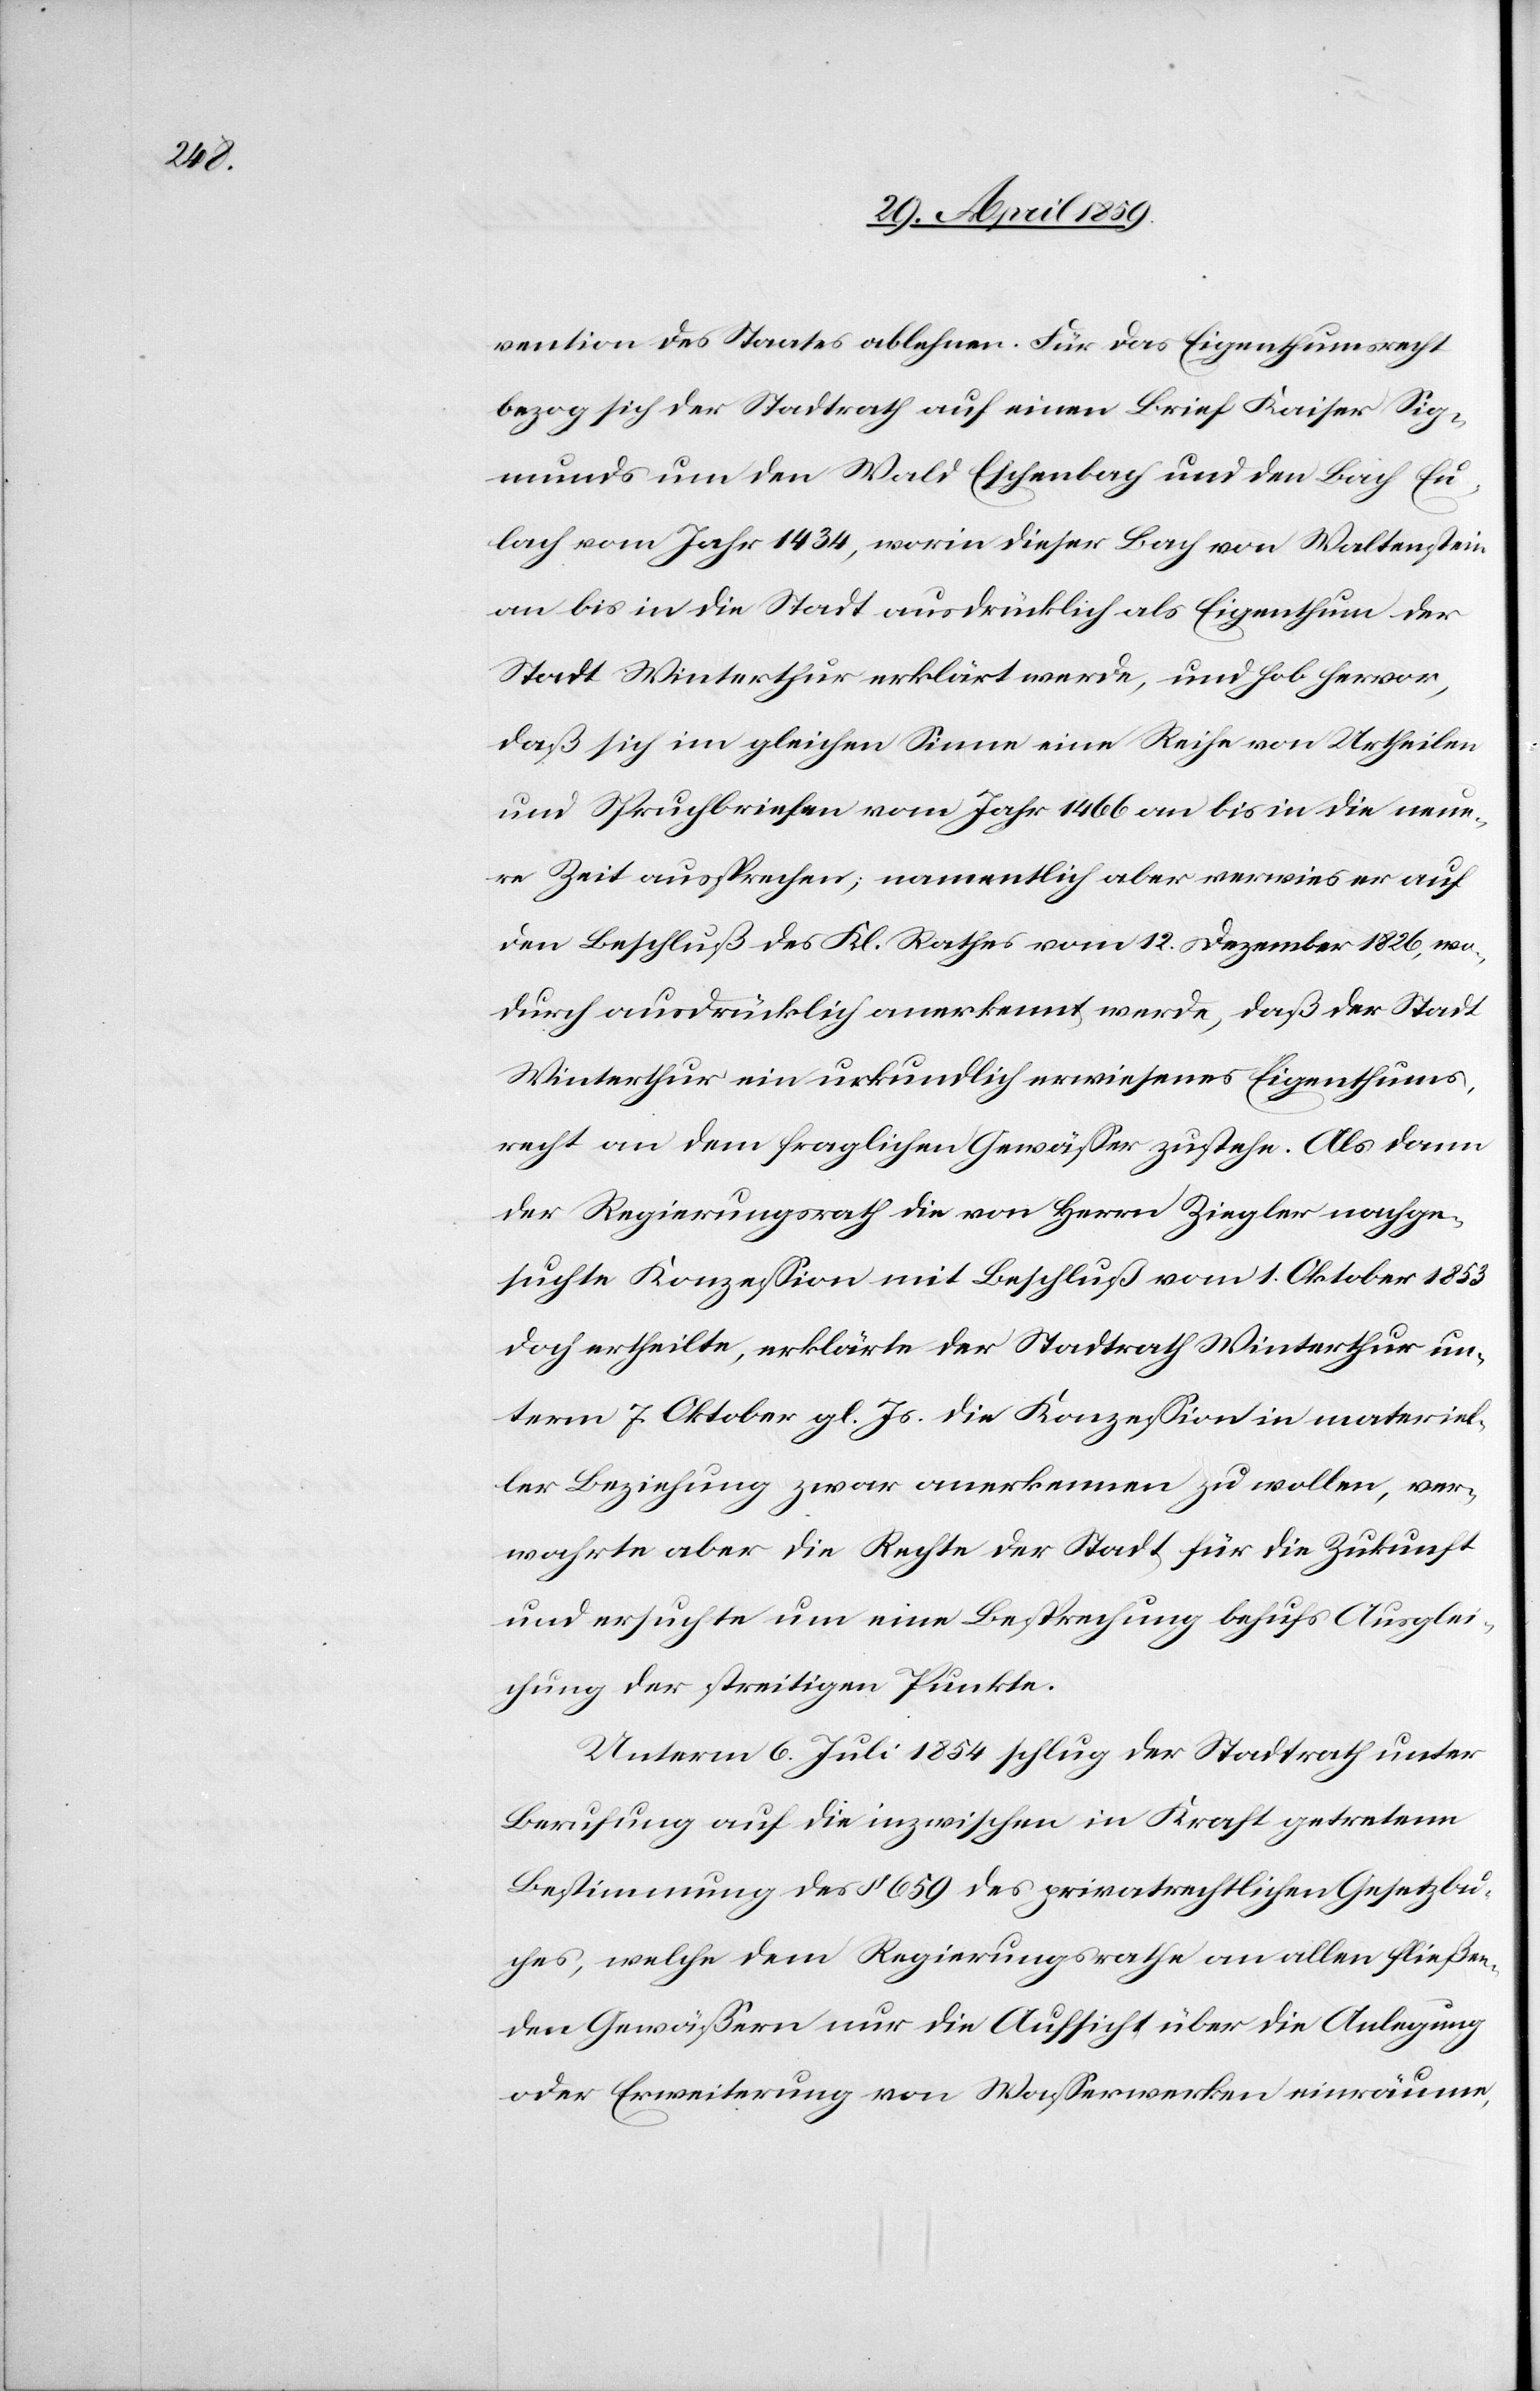
vention des Staates ablehnen. Für das Eigenthumsrecht
bezog sich der Stadtrath auf einen Brief Kaiser Sig¬
munds um den Wald Eschenbach und den Bach Eu¬
lach vom Jahr 1434, worin dieser Bach von Waltenstein
an bis in die Stadt ausdrücklich als Eigenthum der
Stadt Winterthur erklärt werde, und hob hervor,
daß sich im gleichen Sinne eine Reihe von Urtheilen
und Spruchbriefen vom Jahr 1466 an bis in die neue¬
re Zeit aussprechen; namentlich aber verwies er auf
den Beschluß des Kl. Rathes vom 12. Dezember 1826, wo¬
durch ausdrücklich anerkennt werde, daß der Stadt
Winterthur ein urkundlich erwiesenes Eigenthums¬
recht an dem fraglichen Gewäßer zustehe. Als dann
der Regierungsrath die von Herrn Ziegler nachge¬
suchte Konzeßion mit Beschluß vom 1. Oktober 1853
doch ertheilte, erklärte der Stadtrath Winterthur un¬
term 7. Oktober gl. Js. die Konzeßion in materiel¬
ler Beziehung zwar anerkennen zu wollen, ver¬
wahrte aber die Rechte der Stadt für die Zukunft
und ersuchte um eine Besprechung behufs Ausglei¬
chung der streitigen Punkte.
Unterm 6. Juli 1854 schlug der Stadtrath unter
Berufung auf die inzwischen in Kraft getretene
Bestimmung des § 659 des privatrechtlichen Gesetzbu¬
ches, welche dem Regierungsrathe an allen fließen¬
den Gewäßern nur die Aufsicht über die Anlegung
oder Erweiterung von Waßerwerken einräume,